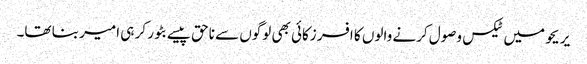
‏ یریحو میں ٹیکس وصول کرنے والوں کا افسر زکائی بھی لوگوں سے ناحق پیسے بٹور کر ہی امیر بنا تھا۔